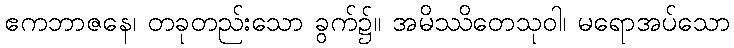
ဧကဘာဇနေ၊ တခုတည်းသော ခွက်၌။ အမိဿိတေသုဝါ၊ မရောအပ်သော